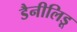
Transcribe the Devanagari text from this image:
डैनीलिडू